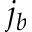
j _ { b }